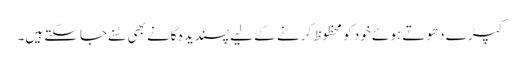
کپڑے دھوتے ہوئے خود کو محظوظ کرنے کے لیے پسندیدہ گانے بھی سُنے جاسکتے ہیں۔